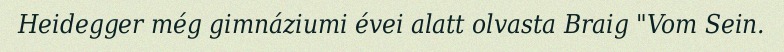
Heidegger még gimnáziumi évei alatt olvasta Braig "Vom Sein.